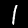
Digit: 1